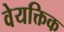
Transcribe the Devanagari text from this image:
वेयक्तिक